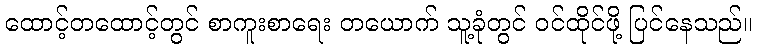
ထောင့်တထောင့်တွင် စာကူးစာရေး တယောက် သူ့ခုံတွင် ဝင်ထိုင်ဖို့ ပြင်နေသည်။